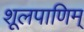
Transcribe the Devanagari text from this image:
शूलपाणिम्